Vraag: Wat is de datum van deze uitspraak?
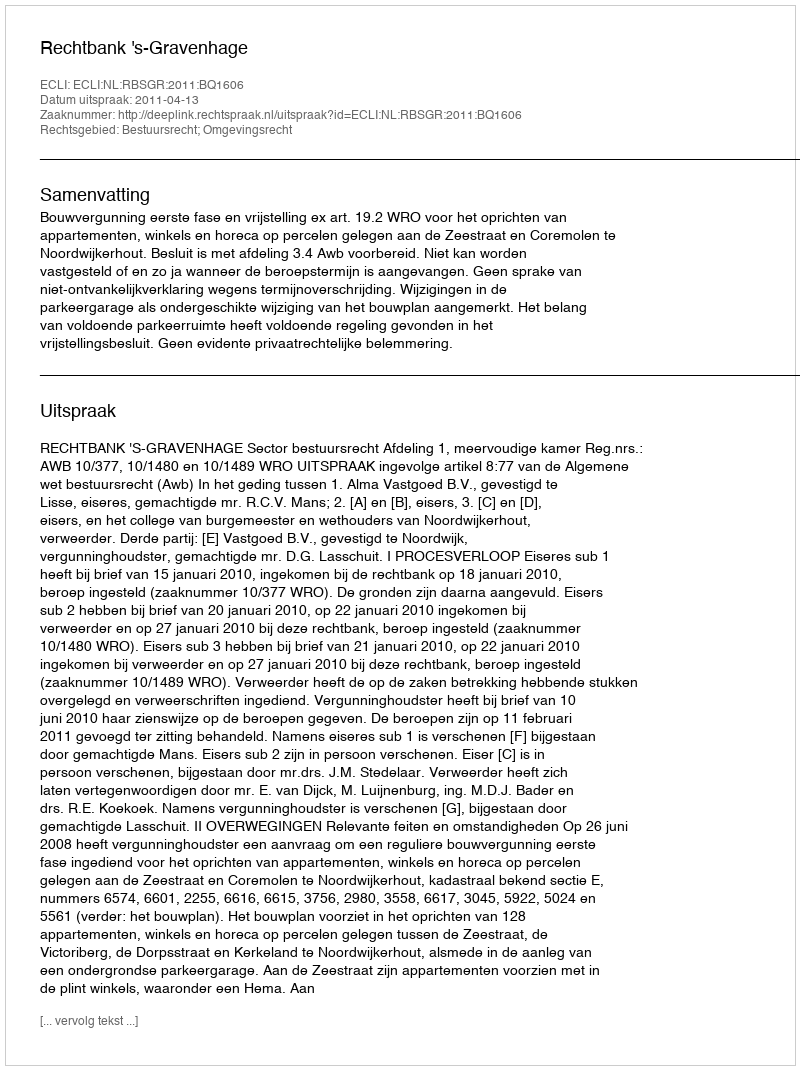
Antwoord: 2011-04-13